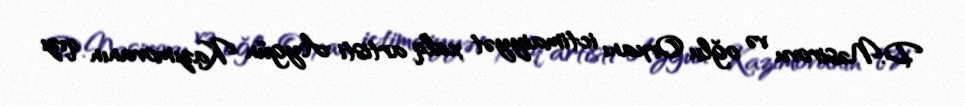
D.Nəsirovu və oğlu Orxanı ictimaiyyət xalq artisti Aygün Kazımovanın qızı